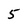
Character: 5